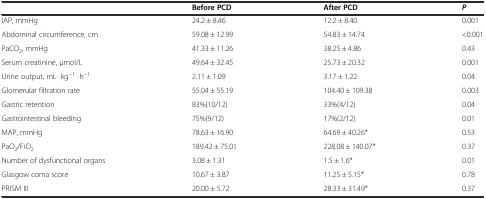
<table><thead><tr><td></td><td><b>Before PCD</b></td><td><b>After PCD</b></td><td><b><i>P</i></b></td></tr></thead><tbody><tr><td>IAP, mmHg</td><td>24.2 ± 8.46</td><td>12.2 ± 8.40</td><td>0.001</td></tr><tr><td>Abdominal circumference, cm</td><td>59.08 ± 12.99</td><td>54.83 ± 14.74</td><td>&lt;0.001</td></tr><tr><td>PaCO<sub>2</sub>, mmHg</td><td>41.33 ± 11.26</td><td>38.25 ± 4.86</td><td>0.43</td></tr><tr><td>Serum creatinine, μmol/L</td><td>49.64 ± 32.45</td><td>25.73 ± 20.32</td><td>0.001</td></tr><tr><td>Urine output, mL · kg<sup>−1</sup> · h<sup>−1</sup></td><td>2.11 ± 1.09</td><td>3.17 ± 1.22</td><td>0.04</td></tr><tr><td>Glomerular filtration rate</td><td>55.04 ± 55.19</td><td>104.40 ± 109.38</td><td>0.003</td></tr><tr><td>Gastric retention</td><td>83%(10/12)</td><td>33%(4/12)</td><td>0.04</td></tr><tr><td>Gastrointestinal bleeding</td><td>75%(9/12)</td><td>17%(2/12)</td><td>0.01</td></tr><tr><td>MAP, mmHg</td><td>78.63 ± 16.90</td><td>64.69 ± 40.26*</td><td>0.53</td></tr><tr><td>PaO<sub>2</sub>/FiO<sub>2</sub></td><td>189.42 ± 75.01</td><td>228.08 ± 140.07*</td><td>0.37</td></tr><tr><td>Number of dysfunctional organs</td><td>3.08 ± 1.31</td><td>1.5 ± 1.6*</td><td>0.01</td></tr><tr><td>Glasgow coma score</td><td>10.67 ± 3.87</td><td>11.25 ± 5.15*</td><td>0.78</td></tr><tr><td>PRISM III</td><td>20.00 ± 5.72</td><td>28.33 ± 31.49*</td><td>0.37</td></tr></tbody></table>